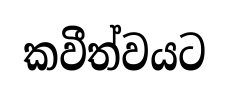
කවීත්වයට